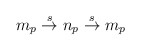
\begin{align*}m_p\stackrel{s}{\rightarrow}n_p\stackrel{s}{\rightarrow} m_p\end{align*}